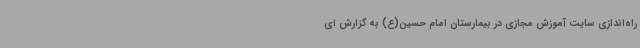
راه‌اندازی سایت آموزش مجازی در بیمارستان امام حسین(ع) به گزارش ای